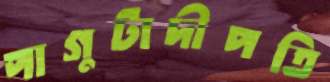
পাগুটাদীপতি